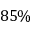
8 5 \%